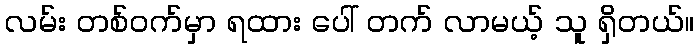
လမ်း တစ်ဝက်မှာ ရထား ပေါ် တက် လာမယ့် သူ ရှိတယ်။